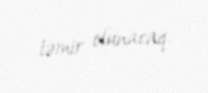
təmir olunacaq.